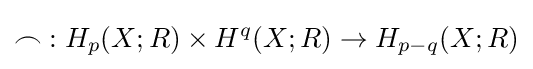
\frown \;:H_{p}(X;R)\times H^{q}(X;R)\rightarrow H_{p-q}(X;R)